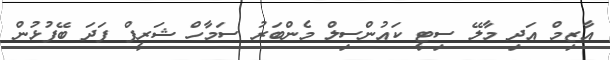
އާޒިމް އަދި މާލޭ ސިޓީ ކައުންސިލް މެންބަރު ސަމާހް ޝަރީފް ފަދަ ބޭފުޅުން